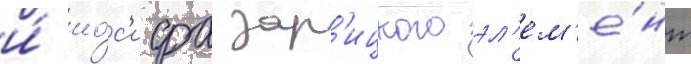
и́ ио́с'ифа зар'ицкого эл'ем'е́нт